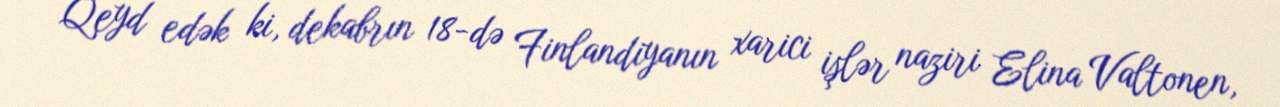
Qeyd edək ki, dekabrın 18-də Finlandiyanın xarici işlər naziri Elina Valtonen,